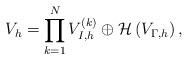
LaTeX: \begin{align*} V_{h} = \prod_{k =1}^{N}V_{I,h}^{(k)} \oplus \mathcal{H}\left(V_{\Gamma,h}\right), \end{align*}